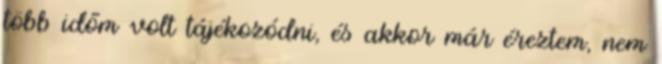
több időm volt tájékozódni, és akkor már éreztem, nem